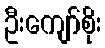
ဦးကျော်စိုး